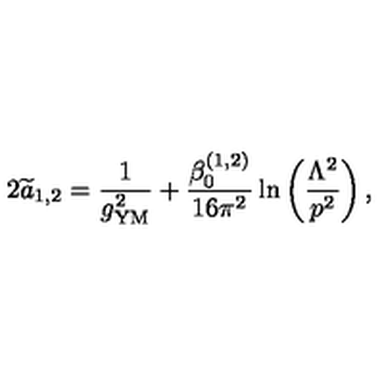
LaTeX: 2 { \widetilde a } _ { 1 , 2 } = { \frac { 1 } { g _ { \mathrm { { \small Y M } } } ^ { 2 } } } + { \frac { \beta _ { 0 } ^ { ( 1 , 2 ) } } { 1 6 \pi ^ { 2 } } } \ln \left( { \frac { \Lambda ^ { 2 } } { p ^ { 2 } } } \right) ,